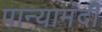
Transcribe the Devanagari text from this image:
पान्यामंदी